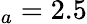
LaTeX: _a=2.5